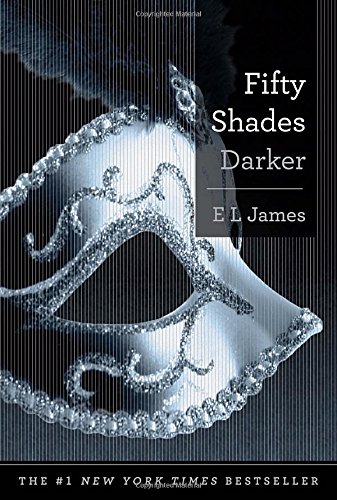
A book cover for Fifty Shades Darker: Book Two of the Fifty Shades Trilogy (Fifty Shades of Grey Series); E L James; Romance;